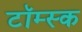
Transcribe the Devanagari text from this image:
टॉम्स्क